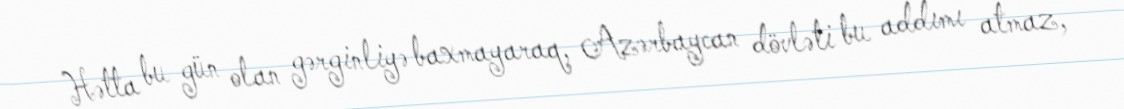
Hətta bu gün olan gərginliyə baxmayaraq, Azərbaycan dövləti bu addımı atmaz,